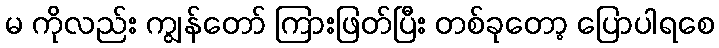
မ ကိုလည်း ကျွန်တော် ကြားဖြတ်ပြီး တစ်ခုတော့ ပြောပါရစေ